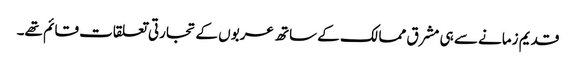
قدیم زمانے سے ہی مشرق ممالک کے ساتھ عربوں کے تجارتی تعلقات قائم تھے۔